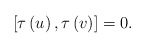
\begin{align*}[\tau \left( u\right),\tau \left( v\right)]=0.\end{align*}